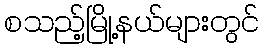
စသည့်မြို့နယ်များတွင်